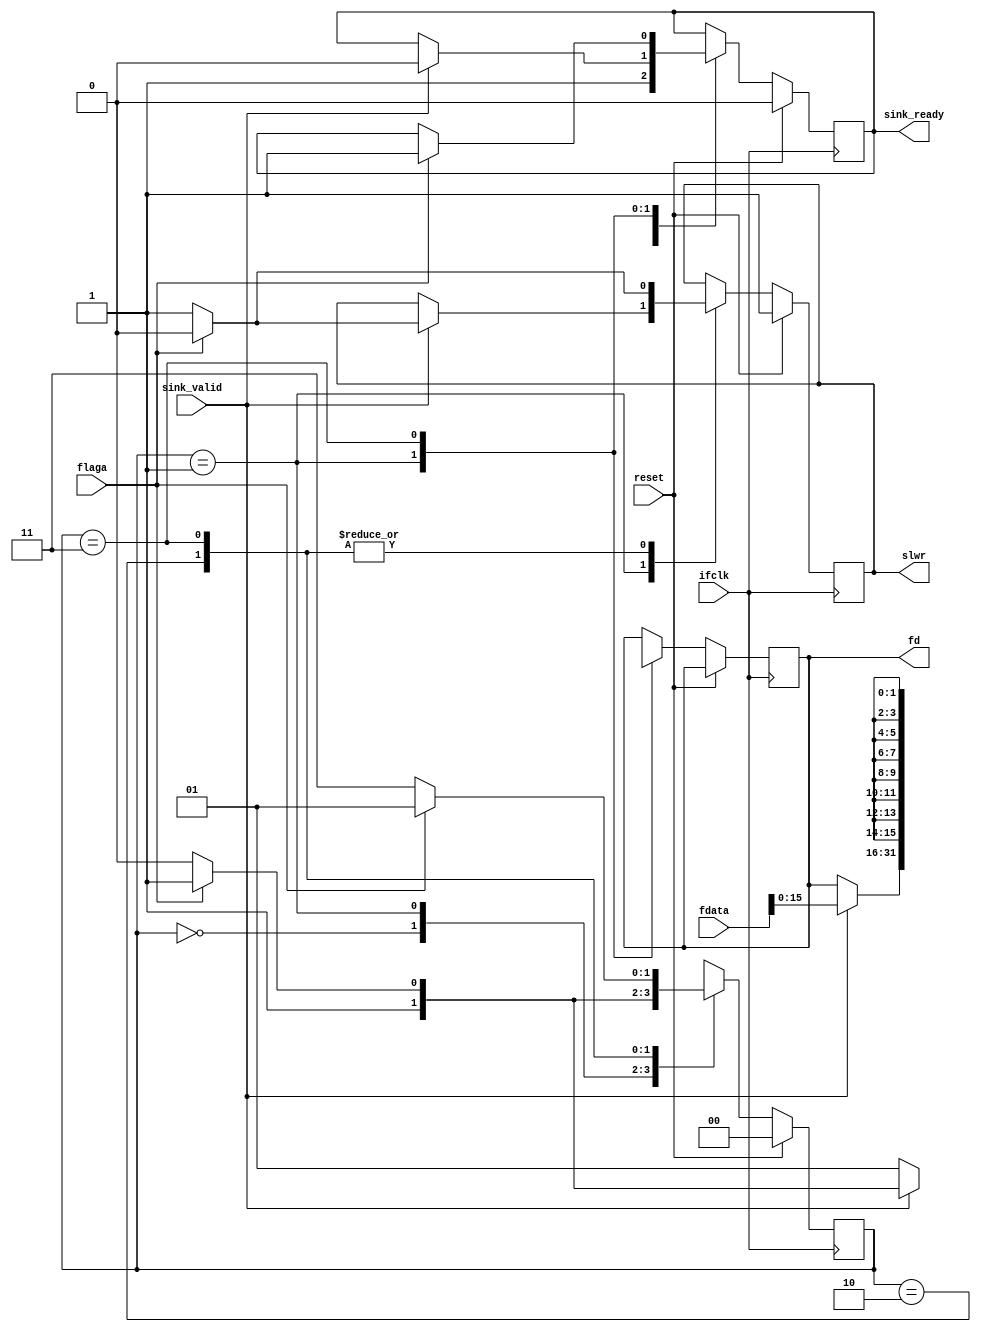
module cypres(
                ifclk,        
                fd,           //   cypress
                flaga,        //     slave fifo
                slwr,         //    slave fifo cypres
                fdata,        // 32  float
                sink_ready,   //     
                sink_valid,   //    
                reset
              );
              

  input ifclk,flaga,reset,sink_valid;
  output reg[15:0] fd;
  output reg slwr=1;
  output reg sink_ready=0;
  input[31:0] fdata;
  
  reg[1:0]  m1=0;

  always @( posedge ifclk)
  begin
     if( reset ) begin
         slwr<=1;
         sink_ready<=0;
         m1<=0;
     end
     else begin
          //     
          //      (   )       
          //       flag
          //         
          //    
          case (m1)
             0: begin
                   sink_ready<=1;
                   m1<=1;
                end
             1: begin
                   if( sink_valid )
                   begin
                      rfdata <= fdata;
                      fd <= fdata[15:0];
                      sink_ready <= 0;  //     
                      if( flaga )
                      begin
                         slwr<=0;
                         m1<=3;
                      end
                      else begin
                         slwr<=1;
                         m1<=2;    //    usb
                      end
                   end
                   else begin
                      m1<=1;      //   
                   end
                end
             2: begin
                   if(flaga)
                   begin
                      slwr<=0;
                      m1<=3;
                   end
                   else begin
                      slwr<=1;
                      m1<=2;
                   end
                end
             3: begin
                   fd <= rfdata[31:16];
                   if(flaga)
                   begin
                      slwr<=0;
                      sink_ready<=1; //     
                      m1=1;
                   end
                   else begin
                      slwr<=1;
                      m1=3;
                   end
                end
          endcase
     end
  end
  
  
  endmodule